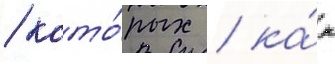
/ кото́рых / ка́к